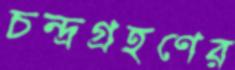
চন্দ্রগ্রহণের